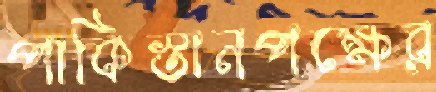
পাকিস্তানপক্ষের